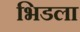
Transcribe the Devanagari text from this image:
भिडला